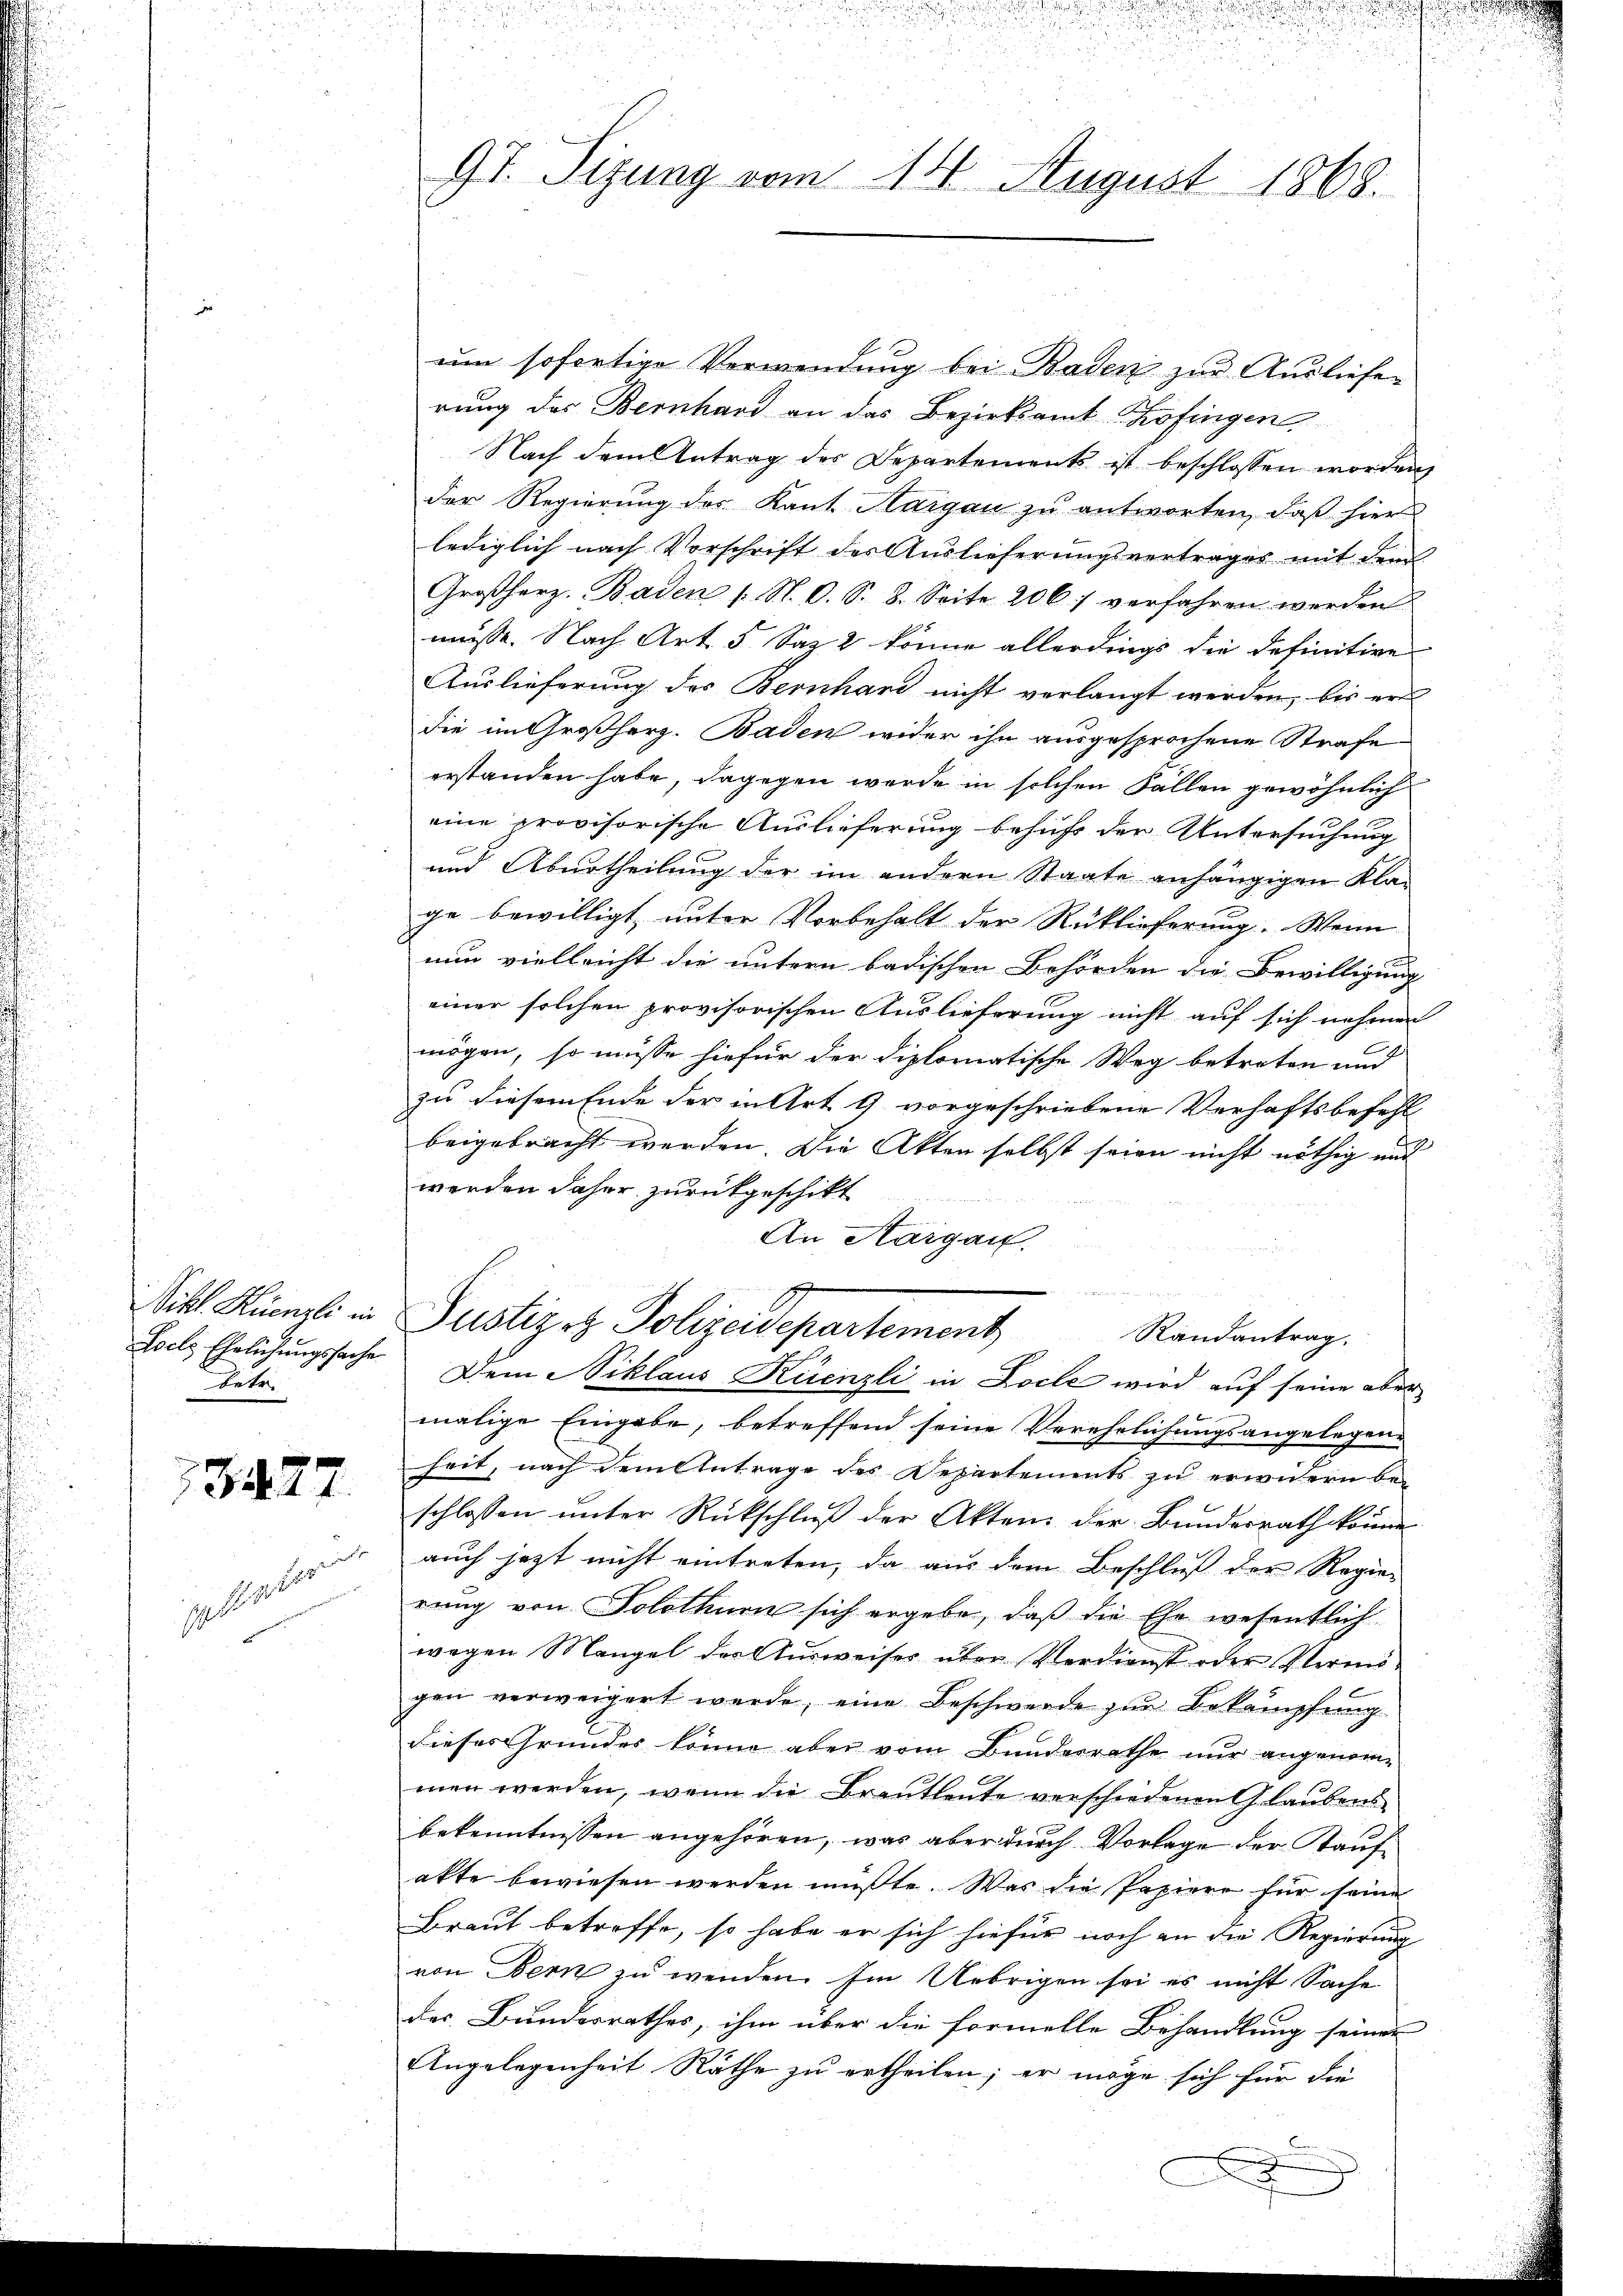
betr.

13427.

eleiterung

d
97. Sitzung vom 14. August 1868.

um sofortige Verwendung bei Baden zur Ausliefe
rung des Bernhard an das Bezirksamt Zofingen
Nach dem Antrag des Departements ist beschlossen worden,
der Regierung der Kant Margau zu antworten, daß hier
lediglich nach Vorschrift des Auslieferungsvertrages mit dem
Großherz. Baden /: N. O. S. 8. Seite 2061 verfahren werden.
müsse. Nach Art. 5 Saz 2 könne allerdings die definitive
Auslieferung des Bernhard nicht verlangt werden, bis er
die im Großherz. Baden wider ihn ausgesprochene Strafe
erstanden habe, dagegen werde in solchen Fällen gewöhnlich
eine provisorische Auslieferung behufs der Untersuchung
und Aburtheilung der im andern Staate anhängigen Klage bewilligt, unter Vorbehalt der Rücklieferung. Wenn
nun vielleicht die untern badischen Behörden die Bewilligung
einer solchen provisorischen Auslieferung nicht auf sich nehmen
mögen, so müsse hiefür der diplomatische Weg betreten und
zu diesem Ende der in Art. 9 vorgeschriebene Verhaftsbefehl
beigebracht werden. Die Akten selbst seien nicht nöthig und
werden daher zurückgeschikt
An Haigau.
Sitl Künzli in Pustizog Jolizeidepartement
Randantrag.
Loels Ehelichungssache. Dem Niklaus Künzli in Loche wird auf seine aber
malige Eingabe, betreffend seine Verehelichungsangelegen-
heit, nach dem Antrage des Departements zu erwidern be-
schlossen ŭnter Rückschlŭβ der Akten der Bunderrath könne
auch jezt nicht eintreten, da aus dem Beschluß der Regier
rung von Solothurn sich ergebe, daß die Ehe wesentlich
wegen Mangel des Ausweiser aber Verdienst oder Vermögen verweigert werde, eine Beschwerde zur Bekämpfung
dieses Grundes könne aber vom Bundesrathe nur angenommen werden, wenn die Brautleute verschiedenen Glaubens-
bekenntnissen angehören, was aber durch Vorlage der Kaufakte bewiesen werden müßte. Was die Papiere für seine
Braut betreffe, so habe er sich hiefür noch an die Regierung
von Bern zu wenden. Im Uebrigen sei es nicht Sache
des Bundesrathes, ihm über die formelle Behandlung seiner
Angelegenheit Räthe zu ertheilen; er möge sich für die

x

1